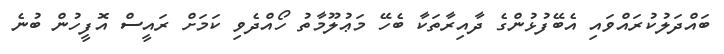
ބައްދަލުކުރައްވައި އެބޭފުޅުންގެ ދާއިރާތަކާ ބެހޭ މަޢުލޫމާތު ހޯއްދެވި ކަމަށް ރައީސް އޮފީހުން ބުނެ